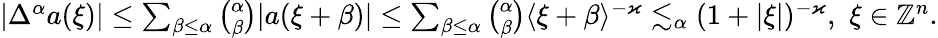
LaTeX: \begin{array}{r}{|\Delta^{\alpha}a(\xi)|\leq\sum_{\beta\leq\alpha}{\binom{\alpha}{\beta}}|a(\xi+\beta)|\leq\sum_{\beta\leq\alpha}{\binom{\alpha}{\beta}}\langle\xi+\beta\rangle^{-\varkappa}\lesssim_{\alpha}(1+|\xi|)^{-\varkappa},\, \, \xi\in\mathbb{Z}^{n}.}\end{array}